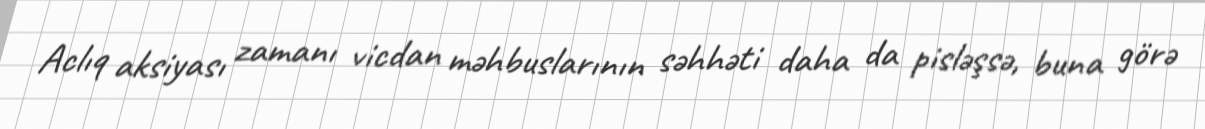
Aclıq aksiyası zamanı vicdan məhbuslarının səhhəti daha da pisləşsə, buna görə